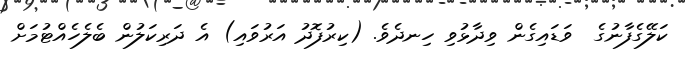
ކަލޭގެފާނުގެ  ވަޑައިގެން ވިދާޅުވި ހިނދެވެ. (ކިރުފޮދު އަރުވައި) އެ ދަރިކަލުން ބެލެހެއްޓުމަށް